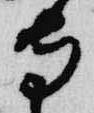
寺